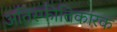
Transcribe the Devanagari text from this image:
अतिस्फीतिकारक